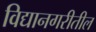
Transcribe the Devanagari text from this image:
विद्यानगरीतील